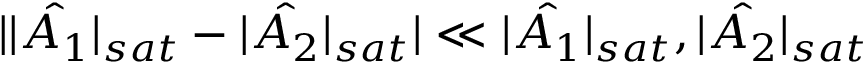
| | \hat { A _ { 1 } } | _ { s a t } - | \hat { A _ { 2 } } | _ { s a t } | \ll | \hat { A _ { 1 } } | _ { s a t } , | \hat { A _ { 2 } } | _ { s a t }